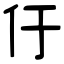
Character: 㐵